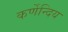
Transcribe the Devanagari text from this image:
कर्णेन्दिय